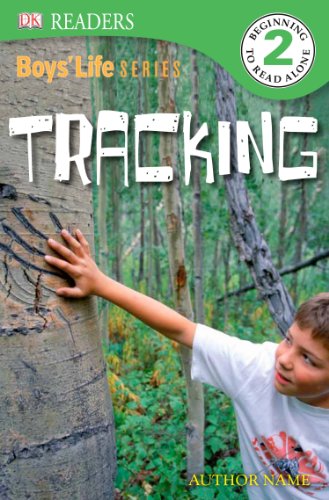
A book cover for DK Readers L2: Boys' Life Series: Tracking; DK Publishing; Children's Books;